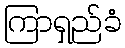
ကြာရှည်ခံ